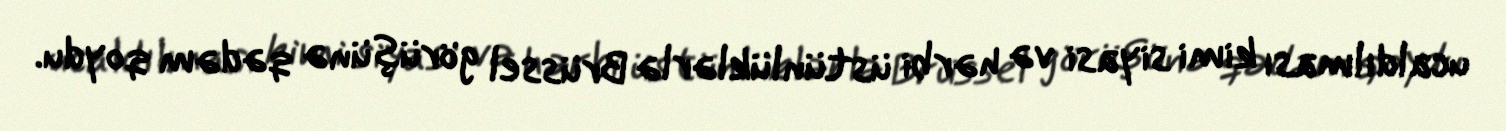
ucaldılması kimi siyasi və hərbi üstünlüklərlə Brüssel görüşünə qədəm qoydu.